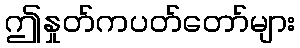
ဤနှုတ်ကပတ်တော်များ